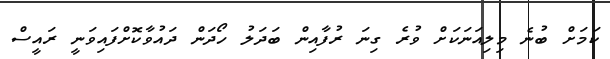
ކަމަށް ބުނެ މިލިއަނަކަށް ވުރެ ގިނަ ރުފާއިން ބަދަލު ހޯދަން ދައުވާކޮށްފައިވަނީ ރައީސް